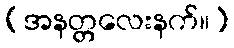
(အနတ္တလေးနက်။)